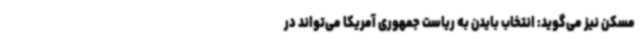
مسکن نیز می‌گوید: انتخاب بایدن به ریاست جمهوری آمریکا می‌تواند در